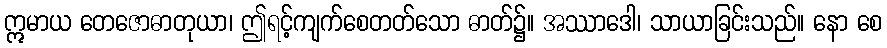
ဣမာယ တေဇောဓာတုယာ၊ ဤရင့်ကျက်စေတတ်သော ဓာတ်၌။ အဿာဒေါ၊ သာယာခြင်းသည်။ နော စေ